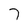
Character: 7